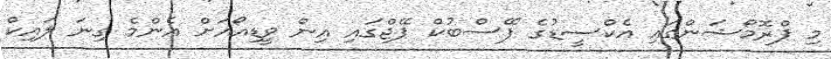
މި ޕްރޮމޯޝަންގައި އެކްސީޑުގެ ފޭސްބުކް ޕޭޖްގައި އިން ވީޑިއޯއަށް އެންމެ ގިނަ ލައިކް